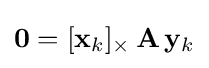
\mathbf {0} =[\mathbf {x} _{k}]_{\times }\,\mathbf {A} \,\mathbf {y} _{k}